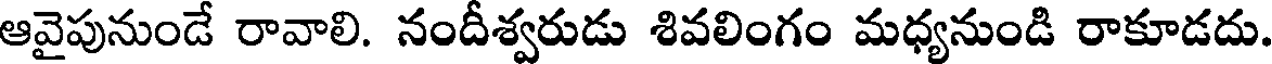
ఆవైపునుండే రావాలి. నందీశ్వరుడు శివలింగం మధ్యనుండి రాకూడదు.